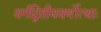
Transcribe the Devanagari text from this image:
वर्गद्वितीयवर्णोत्थाः